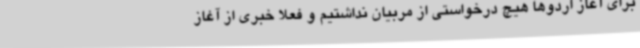
برای آغاز اردوها هیچ درخواستی از مربیان نداشتیم و فعلا خبری از آغاز